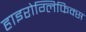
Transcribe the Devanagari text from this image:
हाइरोग्लिफिक्स